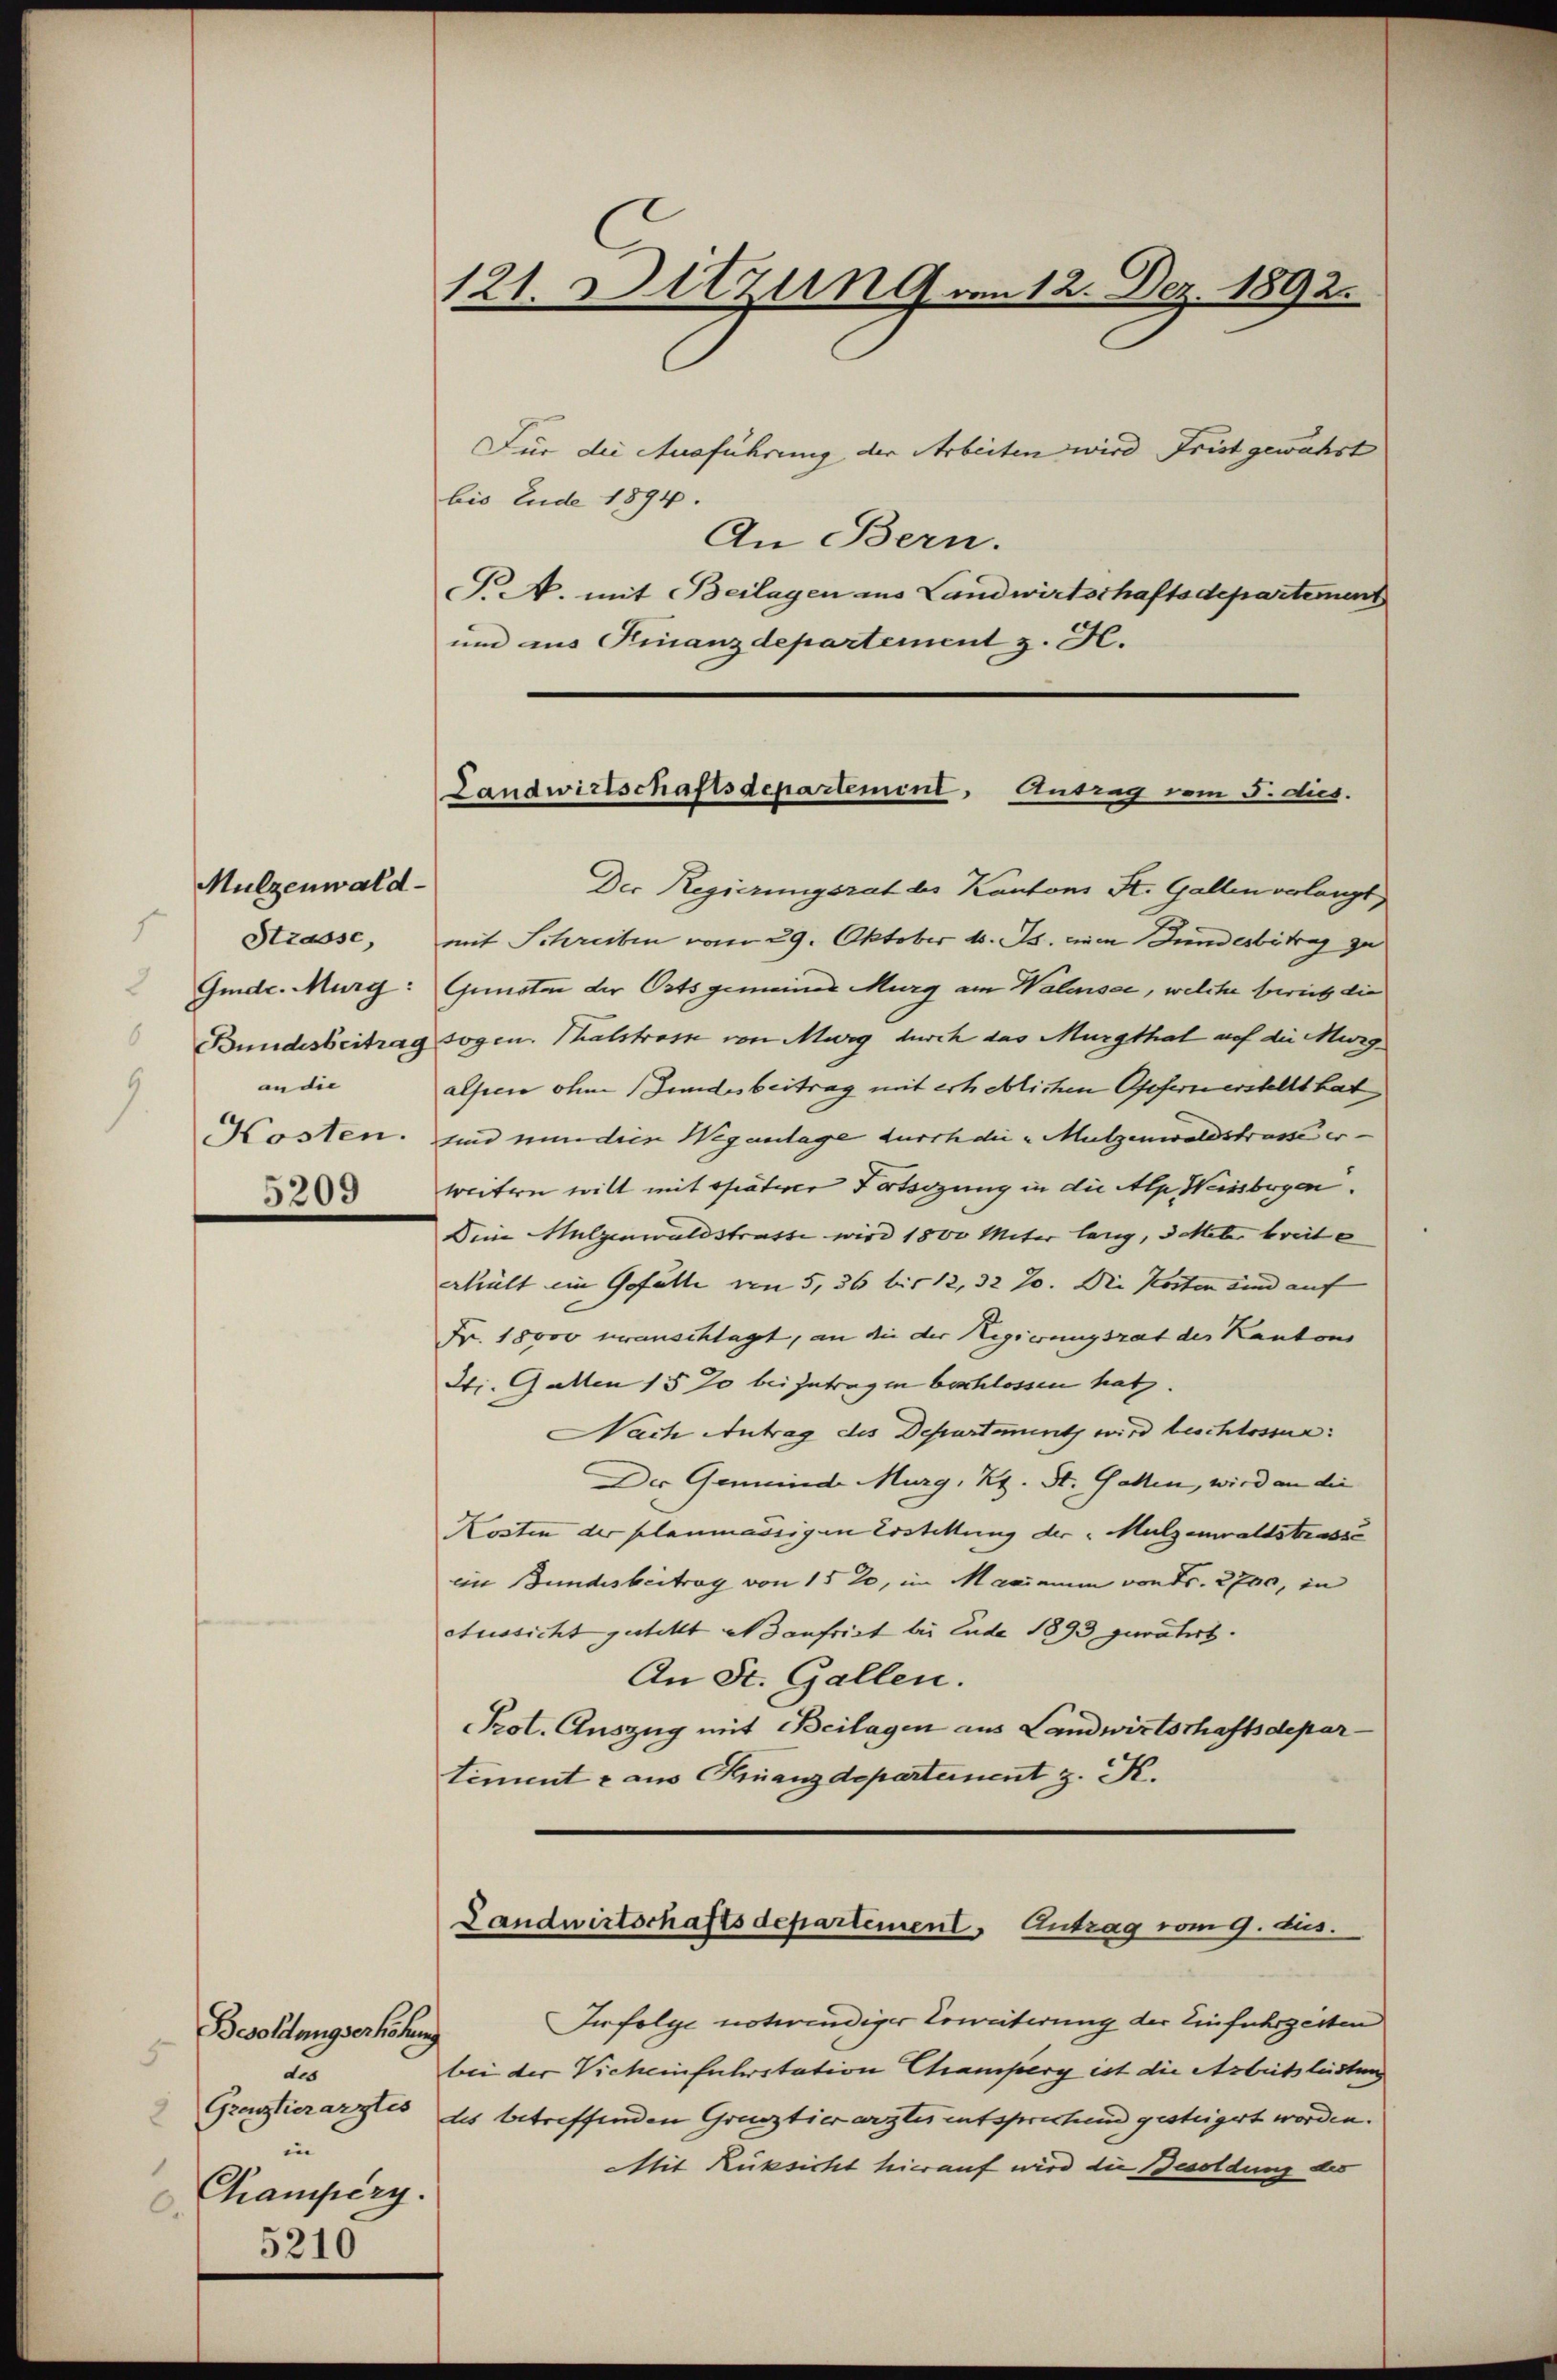
Mulzenwald
Strasse,
Gmde. Murg:
Bundesbeitrag
an die
Kosten.
5209

Besoldungserhöhung
5
du
in |
1
Champerg.
.

5210

121. Sitzung von 12. Dez. 1892.

Landwirtschaftsdepartement, Antrag vom 5. dies.

Für die Ausführung der Arbeiten wird Frist gewährt
bis Ende 1894.
An Bern.
P.N. mit Beilagen aus Landwirtschaftsdepartement
um ins Finanzdepartement z. H.
Der Regierungsrat des Kantons St. Gallen verlangt
mit Schreiben vom 29. Oktober d. Js. einen Fundesbitrag zu
Gunsten der Orts gemeines Murg am Walensee, welche bereit die
sogen Thalstrasse von Merg durch das Murgthat auf die Missg
alser ohne Fundesbeitrag mit erheblichen Offernerstellt hat
sind nun dies Wegenlage durch die Mutzenwaldstrasse er-
weitern will mit später Totsizung in die Alp Weissbergen.
Dein Mulgenwaldstrasse wird 1800 Meter lang, 3 Meter breite
erhält ein Gefälle von 5, 36 bis 12, 32 J. Die Kosten sind auf |
Fr. 18000 veranschlagt, an die der Regierungsrat der Kantons
Si. Gallen 15 % beizutragen beschlossen hat.
Nach Antrag des Departent wird beschlossen:
Der Gemeinde Murg, Kt. St. Gallen, wird an die
Kosten der planmässigen Erstellung der „Mulzenwaldstrasse
im Bundesbeitrag von 1520, im Maximum von Fr. 2700, in
Aussicht gutekt es anfrist bei Ende 1893 gewährt.
An St. Gallen.
Prot. Auszug mit Beilagen aus Landwirtschaftsdepartiment - aus Finanzdepartement z. K.
Landwirtschaftsdepartement. Antrag vom 9. ds.
Infolge notwendiger Erweiterung der Einfuhrgeitend
bei der Vicheinfuhrstation Champerg ist die Arbeitsleistung
Grenztierarztes des betreffenden Grenztierarzte entsprechend gesteigert worden.
Mit Rüksicht hierauf wird die Besoldung des